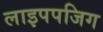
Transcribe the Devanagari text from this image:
लाइपपजिग